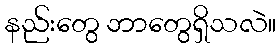
နည်းတွေ ဘာတွေရှိသလဲ။